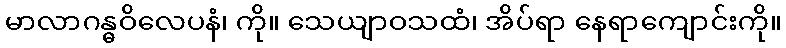
မာလာဂန္ဓဝိလေပနံ၊ ကို။ သေယျာဝသထံ၊ အိပ်ရာ နေရာကျောင်းကို။